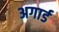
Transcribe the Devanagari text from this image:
अगार्ड